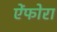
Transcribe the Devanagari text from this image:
ऐंफोरा